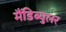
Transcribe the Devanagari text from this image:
मैंडिब्युलर